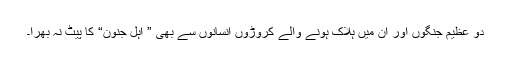
دو عظیم جنگوں اور ان میں ہلاک ہونے والے کروڑوں انسانوں سے بھی ” اہل جنون“ کا پیٹ نہ بھرا۔